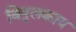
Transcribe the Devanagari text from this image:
विपुलकाय